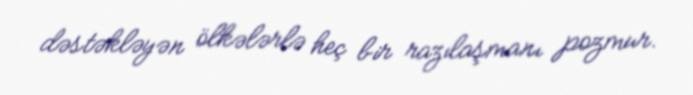
dəstəkləyən ölkələrlə heç bir razılaşmanı pozmur.